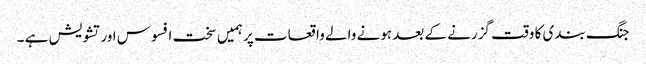
جنگ بندی کا وقت گزرنے کے بعد ہونے والے واقعات پر ہمیں سخت افسوس اور تشویش ہے ۔